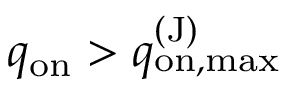
q _ { \mathrm { o n } } > q _ { \mathrm { o n , m a x } } ^ { \mathrm { ( J ) } }